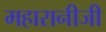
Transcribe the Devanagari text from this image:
महारानीजी